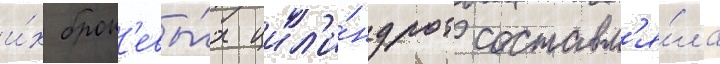
и́х брон'евы́х цил'и́ндров составл'я́ла